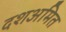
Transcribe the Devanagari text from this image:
दशअमित